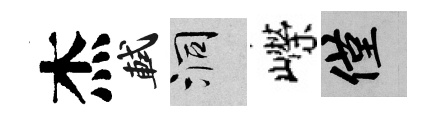
杰軾洞嶸僅